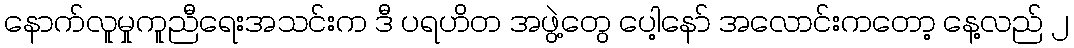
နောက်လူမှုကူညီရေးအသင်းက ဒီ ပရဟိတ အဖွဲ့တွေ ပေါ့နော် အလောင်းကတော့ နေ့လည် ၂